Scottish Certificate of Education, 1963
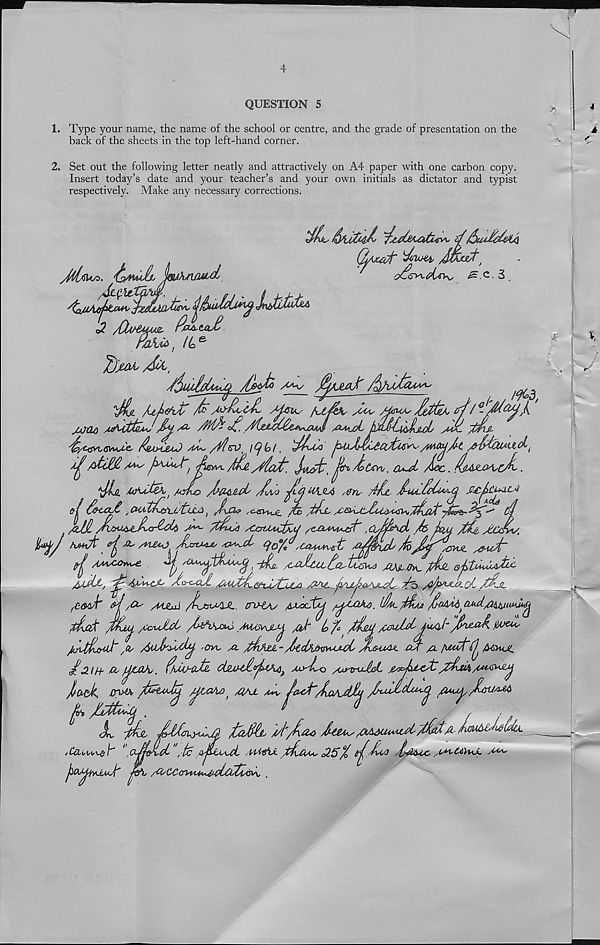
QUESTION 5
1. Type your name, the name of the school or centre, and the grade of presentation on the
back of the sheets in the top left-hand corner.
2. Set out the following letter neatly and attractively on A4 paper with one carbon copy.
Insert today’s date and your teacher’s and your own initials as dictator and typist
respectively. Make any necessary corrections.
zf6u*
*7
j '
kV/M&jM
.'ktew,
/ice.
.
jjiSUh/fUjMtd/
^ ^ ■ '3
o? /CliSfyMit ftoAtaX
nak& t /4 e '
Auiduui
/dx&jfc A yudL'cJL Mcrus fufeh, yCUs
JaTCLO
/CL. /ffl/?
AMJ/b
•^£fjvt(3VM^e
/iA~ /ftsV' iqioi. 'JiUo' t " s ‘
fiti&l /My fyyMUsti
4L. /UAot&b t mAjo /hci/ylcL' Jho
/llH
/M~ /t&ia yCGVUCfca
,aJj/fc^ A /W $U ytcJw,
Ay /n£*0 jLsrLLGA/ 4/Mjd' CfoY* .COyw^^fc A^yuJy
s&U^T
AA^COv^e .
( -frf^ ^alecC^CL-tujby} AAi-Cw^
A/jit, /jy /PvvO’y /tcrcyLi
A^t f/uj/eyyU/L ^ ./P/^StoC X^-R
sCwJ'
/t4j^ Ajz^AJL, tfxHAy fiAsOL&j /^/ MAo.
//AM ) Cud./i&Ji i iMUi
JAiU yCauJid/ /bcfy/My /U/MJi/j, /iJ' b f°
//juM/bJuA.b Ja/mA j//CUy
/’/Uii&at',0/ / 6uA'>ul^. ,cm, /l pA/xi-yltclACtsvuM/C J^u/u. a/t /x /uat^ Mm/L
i&li+ &, I^LO/u, f/MMltl d2AcA«^M f /x>-lyQ /yrvvML
^Am/*AUAPj
J/O/^k, JCn/X faudlj jJtAAO f /QAJL
/Uu^ AtUa/A
AmMIij /L/I'/Acco JUgAyy AAdtU*A/x£
A //Mh£yL6Um.
sUMte. pbaMs AS % t^AcC JXtt/c, / i/A'tXbwL
pig,
/C/LUiy^h 1 (xMo\.d' ,tc
jbQ/^ivduX'